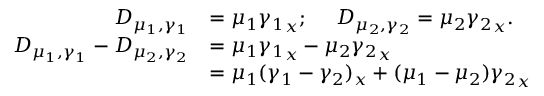
\begin{array} { r l } { D _ { \mu _ { 1 } , \gamma _ { 1 } } } & { = \mu _ { 1 } { \gamma _ { 1 } } _ { x } ; \ \ \ \ D _ { \mu _ { 2 } , \gamma _ { 2 } } = \mu _ { 2 } { \gamma _ { 2 } } _ { x } . } \\ { D _ { \mu _ { 1 } , \gamma _ { 1 } } - D _ { \mu _ { 2 } , \gamma _ { 2 } } } & { = \mu _ { 1 } { \gamma _ { 1 } } _ { x } - \mu _ { 2 } { \gamma _ { 2 } } _ { x } } \\ & { = \mu _ { 1 } ( \gamma _ { 1 } - \gamma _ { 2 } ) _ { x } + ( \mu _ { 1 } - \mu _ { 2 } ) { \gamma _ { 2 } } _ { x } } \end{array}